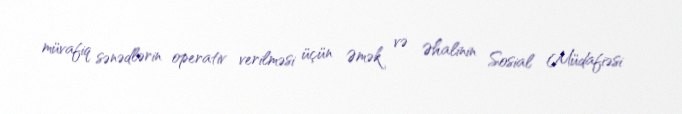
müvafiq sənədlərin operativ verilməsi üçün Əmək və Əhalinin Sosial Müdafiəsi